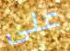
على